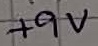
Text: +9V